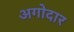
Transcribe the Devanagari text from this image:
अगोदार